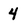
Character: 4